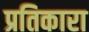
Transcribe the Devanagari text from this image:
प्रतिकारा